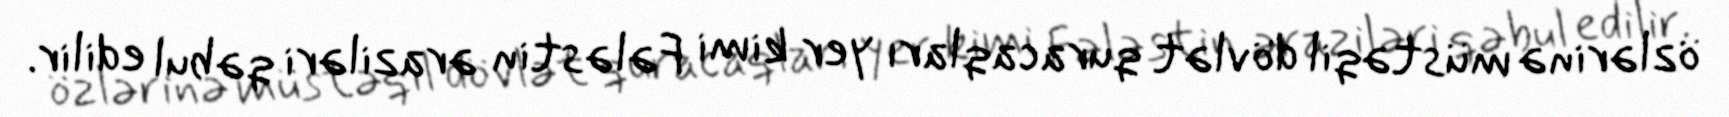
özlərinə müstəqil dövlət quracaqları yer kimi Fələstin əraziləri qəbul edilir.